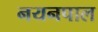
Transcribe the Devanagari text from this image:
नयनपाल